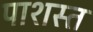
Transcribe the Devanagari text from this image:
पाशस्त